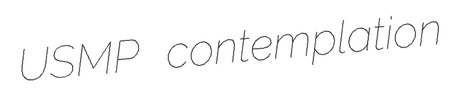
USMP contemplation